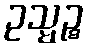
ဥသ္မဉ္စ